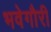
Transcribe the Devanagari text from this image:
भवेगौरी